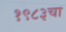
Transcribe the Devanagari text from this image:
१९८३चा